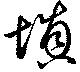
填